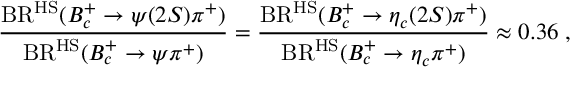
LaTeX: \frac { \mathrm { B R } ^ { \mathrm { H S } } ( B _ { c } ^ { + } \to \psi ( 2 S ) \pi ^ { + } ) } { \mathrm { B R } ^ { \mathrm { H S } } ( B _ { c } ^ { + } \to \psi \pi ^ { + } ) } = \frac { \mathrm { B R } ^ { \mathrm { H S } } ( B _ { c } ^ { + } \to \eta _ { c } ( 2 S ) \pi ^ { + } ) } { \mathrm { B R } ^ { \mathrm { H S } } ( B _ { c } ^ { + } \to \eta _ { c } \pi ^ { + } ) } \approx 0 . 3 6 \; ,